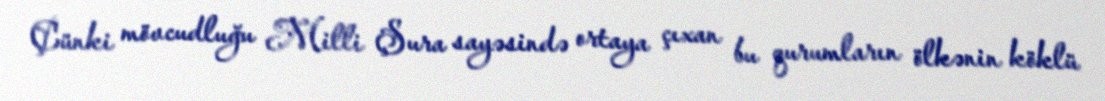
Çünki mövcudluğu Milli Şura sayəsində ortaya çıxan bu qurumların ölkənin köklü